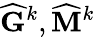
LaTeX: \widehat{\mathbf{G}}^{k},\widehat{\mathbf{M}}^{k}